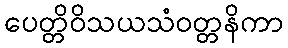
ပေတ္တိဝိသယသံဝတ္တနိကာ